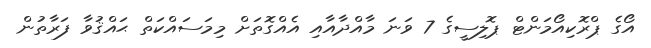
އޯގެ ޕްރޮކިއޯމަންޓް ޕޮލިސީގެ 7 ވަނަ މާއްދާއާއި އެއްގޮތަށް މިމަސައްކަތް ޙައްޤުވާ ފަރާތުން